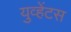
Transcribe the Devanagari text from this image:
युव्हेंटस